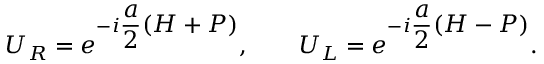
U _ { R } = e ^ { - i \displaystyle \frac { a } { 2 } ( H + P ) } , \qquad U _ { L } = e ^ { - i \displaystyle \frac { a } { 2 } ( H - P ) } .